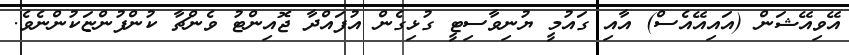
އޭވިއޭޝަން (އައިއޭއެސް) އާއި ގައުމީ ޔުނިވާސިޓީ ގުޅިގެން އުފައްދާ ޖޮއިންޓު ވެންޗާ ކުންފުންޏަކުންނެވެ.